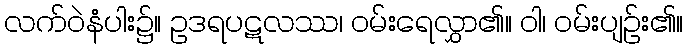
လက်ဝဲနံပါး၌။ ဥဒရပဋလဿ၊ ဝမ်းရေလွှာ၏။ ဝါ၊ ဝမ်းပျဉ်း၏။